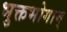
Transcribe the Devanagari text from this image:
भुक्तभोगाम्‌